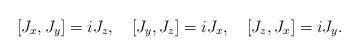
\begin{align*}[J_x, J_y] = iJ_z,\quad [J_y, J_z] = iJ_x,\quad [J_z, J_x] = iJ_y.\end{align*}